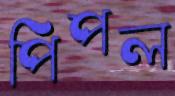
পিপল